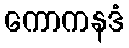
ကောကနဒံ